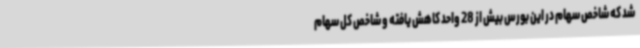
شد که شاخص سهام در این بورس بیش از 28 واحد کاهش یافته و شاخص کل سهام